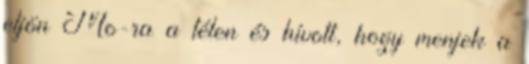
eljön Mo-ra a télen és hívott, hogy menjek a